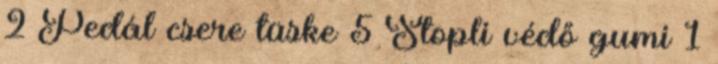
2 Pedál csere tüske 5 Stopli védő gumi 1